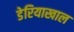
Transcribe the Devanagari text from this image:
डेरियाखाल